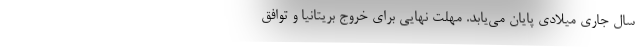
سال جاری میلادی پایان می‌یابد. مهلت نهایی برای خروج بریتانیا و توافق